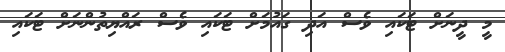
މީ ދީނަށް ޓަކައި ވެސް އަދި ގައުމަށް ޓަކައި ވެސް ރައްޔިތުންނަށް ޓަކައި